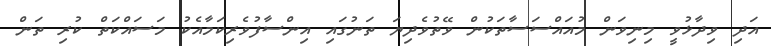
އަދި ވިދާޅުވީ މިނިވަން މުއައްސަސާތަކުން ވޭތުވެދިޔަ ތަނުގައި އިންސާފުވެރިކަމާއެކު މަސައްކަތް ކުރި ތަން